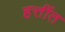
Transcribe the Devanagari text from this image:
हत्तींत